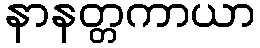
နာနတ္တကာယာ